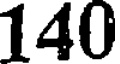
140